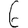
Digit: 6